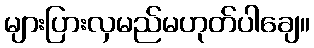
များပြားလှမည်မဟုတ်ပါချေ။